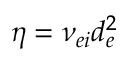
\eta = \nu _ { e i } d _ { e } ^ { 2 }